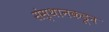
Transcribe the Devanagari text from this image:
संस्थानकडून